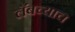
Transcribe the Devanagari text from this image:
लॅबच्याच